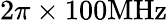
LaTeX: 2\pi\times 100\mathrm{MHz}